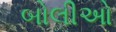
બોલીઓ